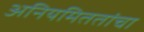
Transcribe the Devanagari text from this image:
अनियमिततांचा